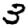
Digit: 3